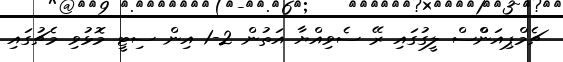
ޗެމްޕިއަންްސް ލީގުގައި ރޭ ސެވިއްޔާ އަތުން 2-1 އިން ސިޓީ މޮޅުވި މެޗުގައި